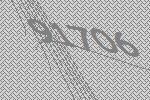
91706